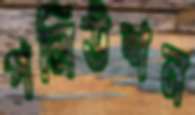
পলিউশন